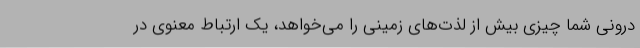
درونی شما چیزی بیش از لذت‌های زمینی را می‌خواهد، یک ارتباط معنوی در